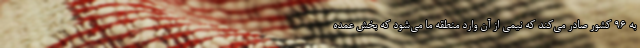
به ۹۶ کشور صادر می‌کند که نیمی از آن وارد منطقه ما می‌شود که بخش عمده